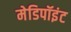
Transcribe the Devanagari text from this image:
मेडिपॉइंट